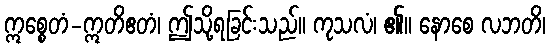
ဣစ္စေတံ-ဣတိဧတံ၊ ဤသို့ရခြင်းသည်။ ကုသလံ၊ ၏။ နောစေ လဘတိ၊